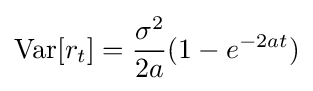
\mathrm {Var} [r_{t}]={\frac {\sigma ^{2}}{2a}}(1-e^{-2at})